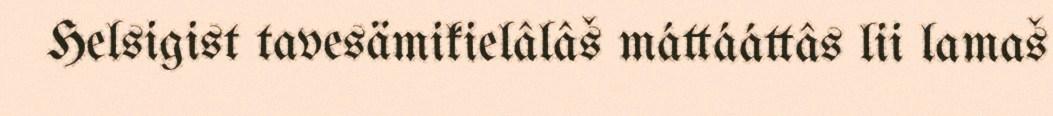
Helsigist tavesämikielâlâš máttááttâs lii lamaš